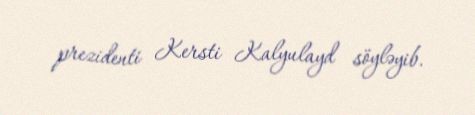
prezidenti Kersti Kalyulayd söyləyib.